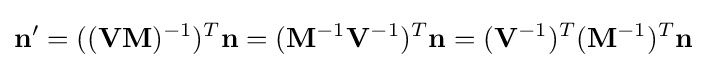
\mathbf {n} '=((\mathbf {V} \mathbf {M} )^{-1})^{T}\mathbf {n} =(\mathbf {M} ^{-1}\mathbf {V} ^{-1})^{T}\mathbf {n} =(\mathbf {V} ^{-1})^{T}(\mathbf {M} ^{-1})^{T}\mathbf {n}